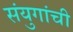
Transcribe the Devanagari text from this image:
संयुगांची